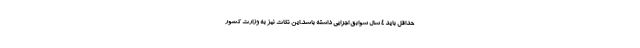
حداقل باید ۴ سال سوابق اجرایی داشته باشد.این نکات نیز به وزارت کشور